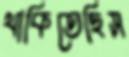
থাকিতেছিস